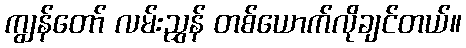
ကျွန်တော် လမ်းညွှန် တစ်ယောက်လိုချင်တယ်။